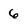
Character: 6